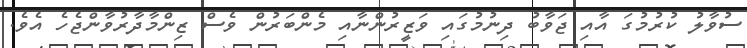
ސުވާލު ކުރުމުގަ އާއި ޖަވާބު ދިނުމުގައި ވަޒީރުންނާއި މެންބަރުން ވެސް ޒިންމާދާރުވާންޖެހެ އެވެ.